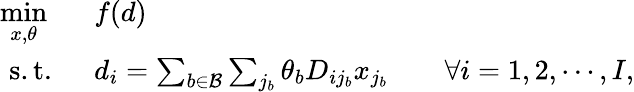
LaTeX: \begin{array}{rl}{\underset{x,\theta}{\operatorname*{min}}\ \ }&{{}f(d)}\\ {\mathrm{s.t.}\ \ }&{{}d_{i}=\sum_{b\in\mathcal{B}}\sum_{j_{b}}\theta_{b}D_{ij_{b}}x_{j_{b}}\quad\quad\forall i=1,2,\cdots,I,}\end{array}